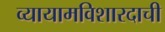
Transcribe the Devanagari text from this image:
व्यायामविशारदाची